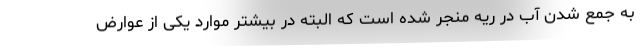
به جمع شدن آب در ریه منجر شده است که البته در بیشتر موارد یکی از عوارض